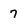
Character: 7